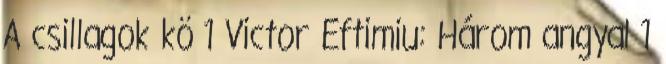
A csillagok kö 1 Victor Eftimiu: Három angyal 1